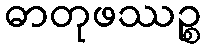
ဓာတုဖဿဉ္စ